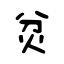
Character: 炃